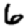
Digit: 6